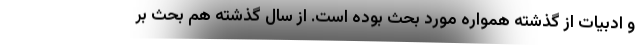
و ادبیات از گذشته همواره مورد بحث بوده است. از سال گذشته هم بحث بر